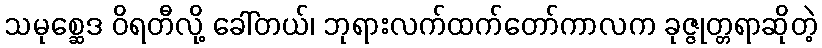
သမုစ္ဆေဒ ဝိရတီလို့ ခေါ်တယ်၊ ဘုရားလက်ထက်တော်ကာလက ခုဇ္ဇုတ္တရာဆိုတဲ့